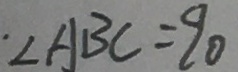
\cdot \angle A B C = 9 0